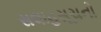
સલાહસૂચનો